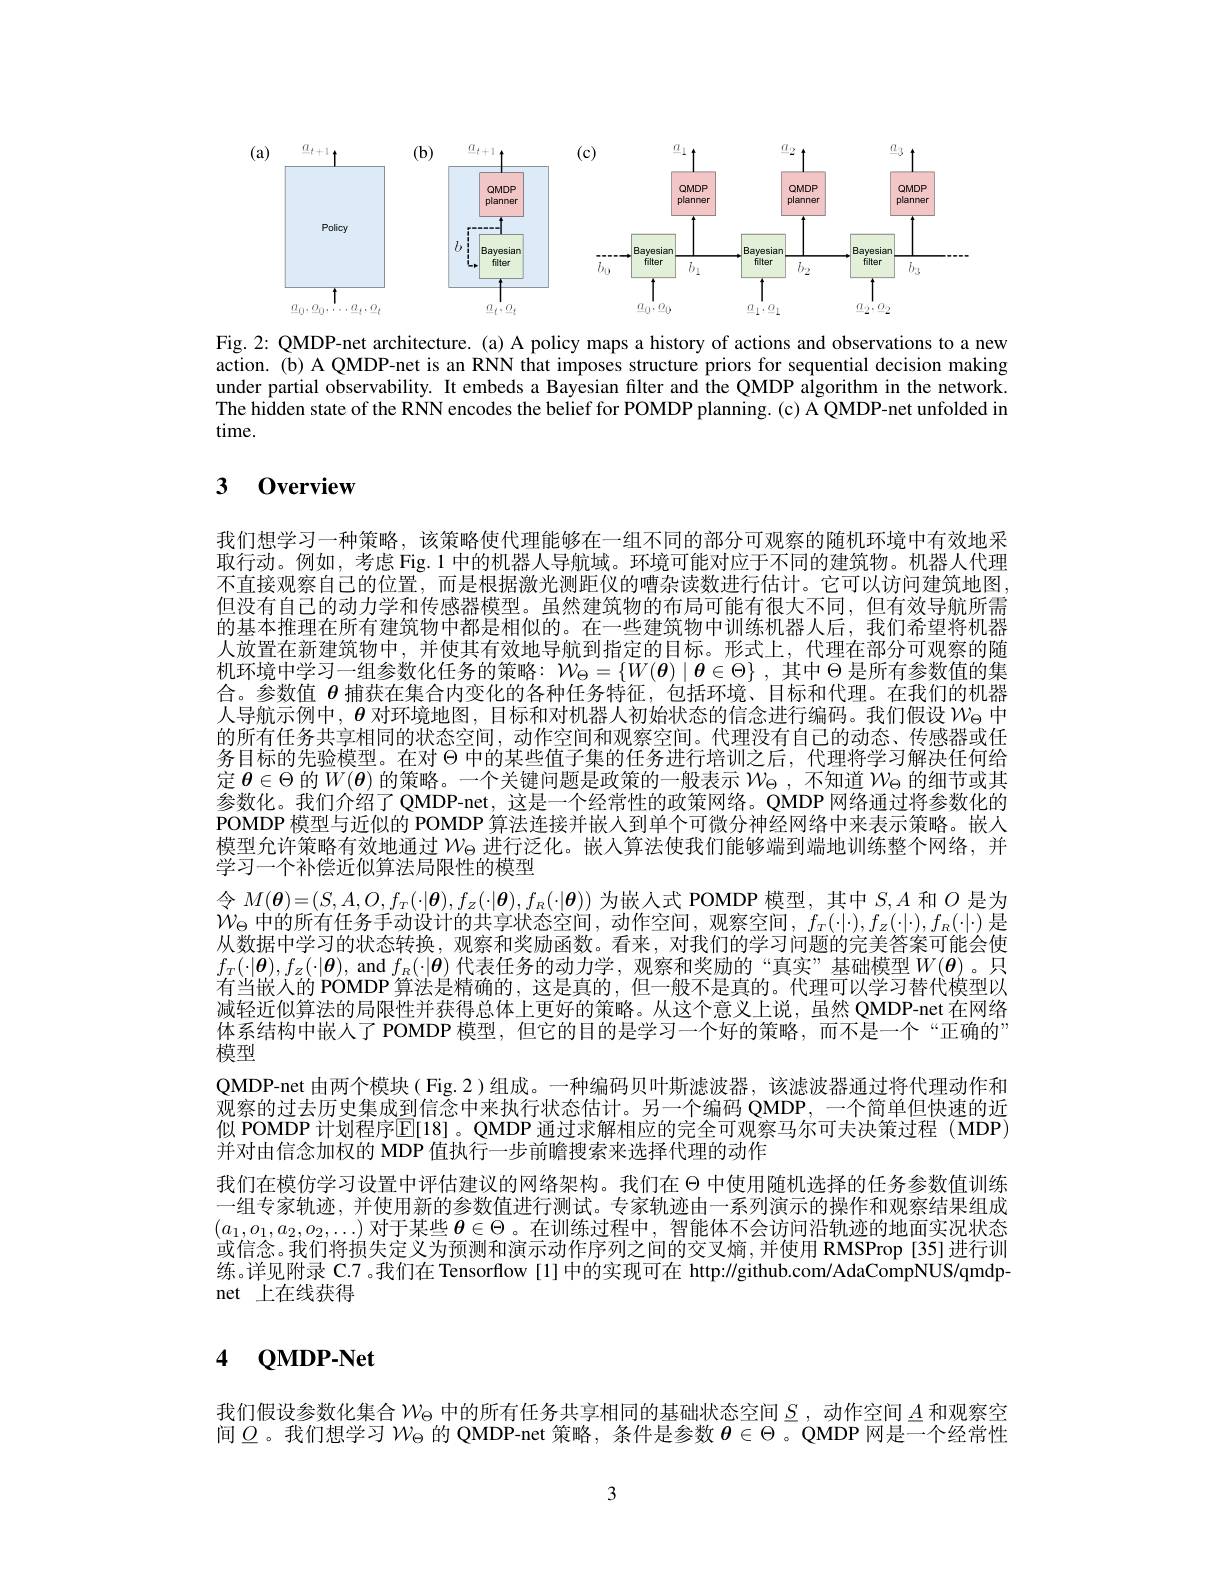
<FigureHere>

Fig. 2: QMDP-net architecture. (a) A policy maps a history of actions and observations to a new action. (b) A QMDP-net is an RNN that imposes structure priors for sequential decision making under partial observability. It embeds a Bayesian filter and the QMDP algorithm in the network. The hidden state of the RNN encodes the belief for POMDP planning. (c) A QMDP-net unfolded in time.

### $\textbf{3}$ $\textbf{Overview}$

我们想学习一种策略，该策略使代理能够在一组不同的部分可观察的随机环境中有效地采取行动。例如，考虑 Fig. 1 中的机器人导航域。环境可能对应于不同的建筑物。机器人代理不直接观察自己的位置，而是根据激光测距仪的嘈杂读数进行估计。它可以访问建筑地图， 但没有自己的动力学和传感器模型。虽然建筑物的布局可能有很大不同，但有效导航所需的基本推理在所有建筑物中都是相似的。在一些建筑物中训练机器人后，我们希望将机器人放置在新建筑物中，并使其有效地导航到指定的目标。形式上，代理在部分可观察的随机环境中学习一组参数化任务的策略$:W_\Theta=\{W(\boldsymbol{\theta})\mid\boldsymbol{\theta}\in\Theta\}$ ,其中 $\Theta$ 是所有参数值的集合。参数值$\theta$捕获在集合内变化的各种任务特征，包括环境、目标和代理。在我们的机器人导航示例中，$\boldsymbol{\theta}$ 对环境地图，目标和对机器人初始状态的信念进行编码。我们假设$\mathcal{W}_\mathrm{\Theta}$ 中的所有任务共享相同的状态空间，动作空间和观察空间。代理没有自己的动态、传感器或任务目标的先验模型。在对$\Theta$中的某些值子集的任务进行培训之后，代理将学习解决任何给定$\boldsymbol{\theta}\in\Theta$的$W(\boldsymbol{\theta})$的策略。一个关键问题是政策的一般表示$\mathcal{W}_\mathrm{\Theta}$ ,不知道$\mathcal{W}_\mathrm{\Theta}$的细节或其参数化。我们介绍了 QMDP-net, 这是一个经常性的政策网络。QMDP 网络通过将参数化的POMDP 模型与近似的 POMDP 算法连接并嵌人到单个可微分神经网络中来表示策略。嵌人模型允许策略有效地通过$W_\mathrm{\Theta}$ 进行泛化。嵌入算法使我们能够端到端地训练整个网络，并学习一个补偿近似算法局限性的模型
令$M(\boldsymbol{\theta})=(S,A,O,f_T(\cdot|\boldsymbol{\theta}),f_Z(\cdot|\boldsymbol{\theta}),f_R(\cdot|\boldsymbol{\theta}))$为嵌人式 POMDP 模型，其中$S,A$和$O$是为$\mathcal{W}_\Theta$中的所有任务手动设计的共享状态空间，动作空间，观察空间，$f_T(\cdot|\cdot),f_Z(\cdot|\cdot),f_R(\cdot|\cdot)$是从数据中学习的状态转换，观察和奖励函数。看来，对我们的学习问题的完美答案可能会使$f_T(\cdot|\boldsymbol{\theta}),f_Z(\cdot|\boldsymbol{\theta})$, and $f_R(\cdot|\boldsymbol{\theta})$代表任务的动力学，观察和奖励的“真实”基础模型$W(\boldsymbol{\theta})$。只有当嵌人的 POMDP 算法是精确的，这是真的，但一般不是真的。代理可以学习替代模型以减轻近似算法的局限性并获得总体上更好的策略。从这个意义上说，虽然 QMDP-net 在网络体系结构中嵌人了 POMDP 模型，但它的目的是学习一个好的策略，而不是一个“正确的” 模型
QMDP-net 由两个模块( Fig. 2 )组成。一种编码贝叶斯滤波器，该滤波器通过将代理动作和观察的过去历史集成到信念中来执行状态估计。另一个编码 QMDP, 一个简单但快速的近似 POMDP 计划程序$\overline{\mathbb{E}}[18]$。QMDP 通过求解相应的完全可观察马尔可夫决策过程 (MDP) 并对由信念加权的 MDP 值执行一步前瞻搜索来选择代理的动作
我们在模仿学习设置中评估建议的网络架构。我们在$\Theta$中使用随机选择的任务参数值训练一组专家轨迹，并使用新的参数值进行测试。专家轨迹由一系列演示的操作和观察结果组成$(a_1,o_1,a_2,o_2,\ldots)$对于某些$\theta\in\Theta$。在训练过程中，智能体不会访问沿轨迹的地面实况状态或信念。我们将损失定义为预测和演示动作序列之间的交叉熵，并使用 RMSProp [35]进行训练。详见附录 C.7 。我们在 Tensorflow [1] 中的实现可在 http://github.com/AdaCompNUS/qmdpnet 上在线获得

# 4 $\mathbf{Q}$MDP-Net

我们假设参数化集合$\mathcal{W}_\Theta$中的所有任务共享相同的基础状态空间$S$ ,动作空间$A$和观察空间$\underline{O}$。我们想学习$W_\mathrm{\Theta}$ 的 QMDP-net 策略，条件是参数 $\boldsymbol{\theta}\in\Theta$ 。QMDP 网是一个经常性

3